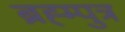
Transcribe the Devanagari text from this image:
ब्रह्म्पुत्र